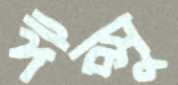
ঈপ্সু